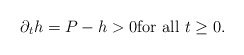
\begin{align*}\partial_{t}h=P-h>0 {\rm for \ all }\ t\geq 0.\end{align*}